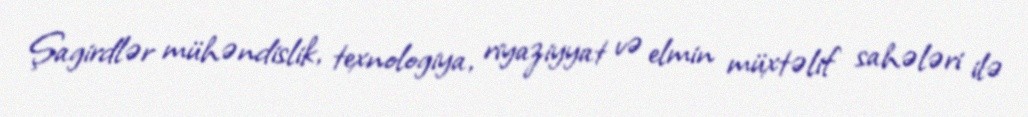
Şagirdlər mühəndislik, texnologiya, riyaziyyat və elmin müxtəlif sahələri ilə